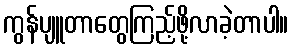
ကွန်ပျူတာတွေကြည့်ဖို့လာခဲ့တာပါ။